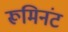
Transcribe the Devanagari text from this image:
रूमिनंट